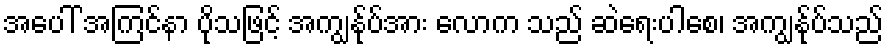
အပေါ် အကြင်နာ ပိုသဖြင့် အကျွန်ုပ်အား လောက သည် ဆဲရေးပါစေ၊ အကျွန်ုပ်သည်